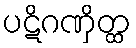
ပဋိဂဏှိတ္ထ